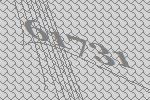
61731